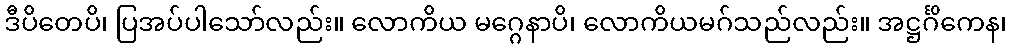
ဒီပိတေပိ၊ ပြအပ်ပါသော်လည်း။ လောကိယ မဂ္ဂေနာပိ၊ လောကိယမဂ်သည်လည်း။ အဋ္ဌင်္ဂိကေန၊